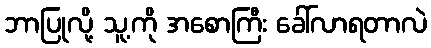
ဘာပြုလို့ သူ့ကို အစောကြီး ခေါ်လာရတာလဲ